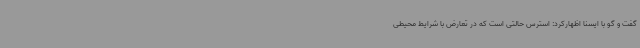
گفت و گو با ایسنا اظهارکرد: استرس حالتی است که در تعارض با شرایط محیطی